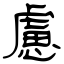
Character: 慮